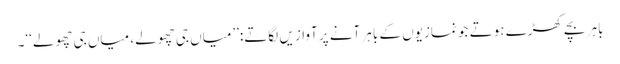
باہر بچے کھڑے ہوتے جو نمازیوں کے باہر آنے پر آوازیں لگاتے:’’میاں جی چھولے، میاں جی چھولے‘‘۔